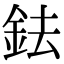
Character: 鉣